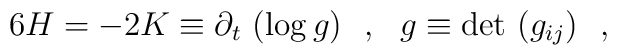
6 H = - 2 K \equiv  \partial_t~(\log g) ~~ , ~~ g \equiv {\rm det}~(g_{ij}) ~~,